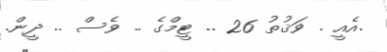
.އެއީ . ޥަޤުތު 26 .. ޓީމްގެ .. ވެސް .. ދީން.